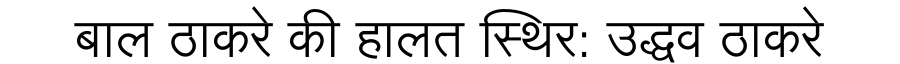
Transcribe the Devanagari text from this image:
बाल ठाकरे की हालत स्थिर: उद्धव ठाकरे